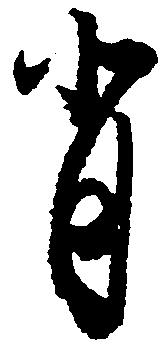
背